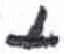
אות: י